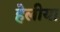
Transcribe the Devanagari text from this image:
हेलीया